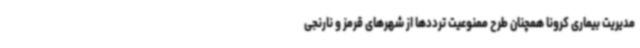
مدیریت بیماری کرونا همچنان طرح ممنوعیت ترددها از شهرهای قرمز و نارنجی